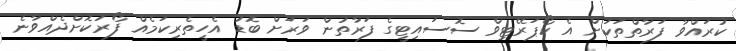
ކުރައްވާ ފަރާތްތަކަށް އެ ކޯޕަރޭޓިވް ސޮސައިޓީގެ ފަރާތުން ވަރަށް ބޮޑު އެހީތެރިކަމެއް ފޯރުކޮށްދެއްވާނެ